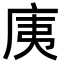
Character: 𭙚